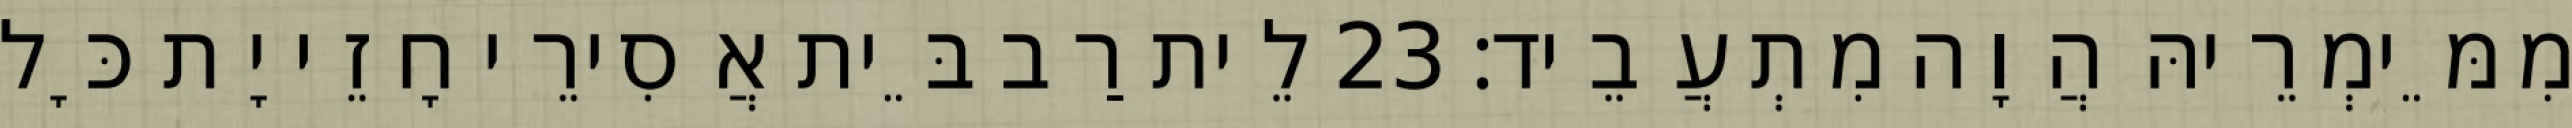
מִמֵּימְרֵיהּ הֲוָה מִתְעֲבֵיד׃ 23 לֵית רַב בֵּית אֲסִירֵי חָזֵי יָת כָּל